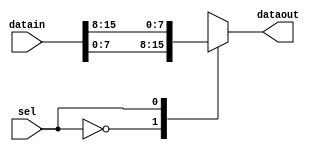
module rw_manager_datamux(datain, sel, dataout);
	parameter DATA_WIDTH = 8;
	parameter SELECT_WIDTH = 1;
	parameter NUMBER_OF_CHANNELS = 2;

	input [NUMBER_OF_CHANNELS * DATA_WIDTH - 1 : 0] datain;
	input [SELECT_WIDTH - 1 : 0] sel;
	output [DATA_WIDTH - 1 : 0] dataout;

	wire [DATA_WIDTH - 1 : 0] vectorized_data [0 : NUMBER_OF_CHANNELS - 1];

	assign dataout = vectorized_data[sel];

	genvar c;
	generate
		for(c = 0 ; c < NUMBER_OF_CHANNELS ; c = c + 1) 
		begin : channel_iterator
			assign vectorized_data[c] = datain[(c + 1) * DATA_WIDTH - 1 : c * DATA_WIDTH];
		end
	endgenerate
	
`ifdef ADD_UNIPHY_SIM_SVA
	assert property (@datain NUMBER_OF_CHANNELS == 2**SELECT_WIDTH) else
	    $error("%t, [DATAMUX ASSERT] NUMBER_OF_CHANNELS PARAMETER is incorrect, NUMBER_OF_CHANNELS = %d, 2**SELECT_WIDTH = %d", $time, NUMBER_OF_CHANNELS, 2**SELECT_WIDTH);
`endif

endmodule